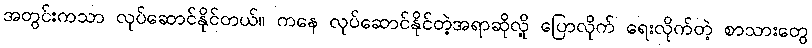
အတွင်းကသာ လုပ်ဆောင်နိုင်တယ်။ ကနေ လုပ်ဆောင်နိုင်တဲ့အရာဆိုလို့ ပြောလိုက် ရေးလိုက်တဲ့ စာသားတွေ